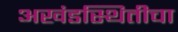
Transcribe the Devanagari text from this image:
अखंडस्थितीचा